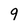
Character: 9